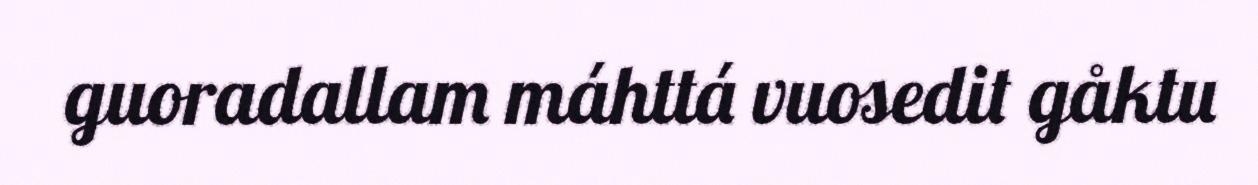
guoradallam máhttá vuosedit gåktu